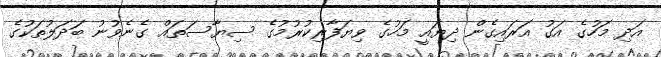
އަދި މަހުގެ އަގު އަރައިގެން ދިޔައީ މަހުގެ ވިޔަފާރިކުރުމުގެ ސިޔާސަތައް ގެނެވުނު ބަދަލުތަކުގެ